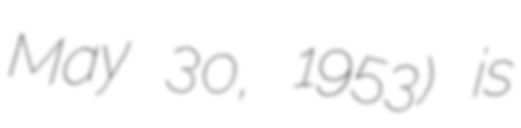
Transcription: May 30, 1953) is